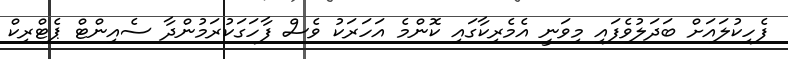
ފެހިކުލައަށް ބަދަލުވެފައި މިވަނީ އެމެރިކާގައި ކޮންމެ އަހަރަކު ވެސް ފާހަގަކުރަމުންދާ ސެއިންޓް ޕެޓްރިކް